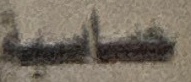
حساسیة